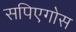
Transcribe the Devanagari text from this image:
सपिएगोस